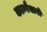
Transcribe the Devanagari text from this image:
काम्पैक्टरों